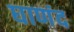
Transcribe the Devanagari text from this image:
घाणंद